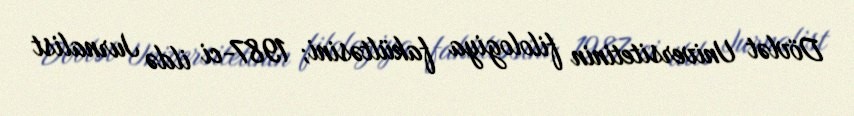
Dövlət Universitetinin filologiya fakültəsini; 1987-ci ildə Jurnalist